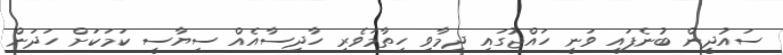
ސައުދީން ބުނެފައި ވަނީ ހައްޖުގައި ދިމާވި ހިތާމަވެރި ހާދިސާއެއް ސިޔާސީ ކަމަކަށް ހަދަން